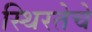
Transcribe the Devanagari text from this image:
स्थिरतेचे